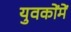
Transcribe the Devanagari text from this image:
युवकोंमें